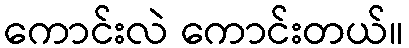
ကောင်းလဲ ကောင်းတယ်။